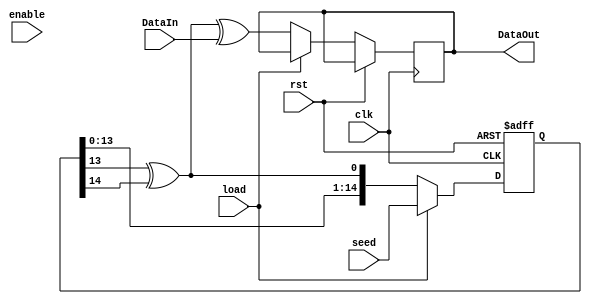
module Randomizer (clk, rst, enable, load,DataIn,seed,DataOut);

input clk,enable,rst,load,DataIn ;
input [14:0]seed;
output reg DataOut;

reg XOR;
reg [14:0]data;
initial data=15'b101010001110110;
always @(posedge clk or posedge rst )begin
if(rst)
data<=0;
else if(load)
data<=seed;
else begin
XOR=data[13]^data[14];
data={ data[13:0],XOR };
DataOut=XOR ^ DataIn;
end

end

endmodule


/************************************************************************/
module randomizer_tb();

//internal signals
reg clk;
reg reset;
reg en;
reg l;
reg [14:0] s;
reg d;
wire q;
reg [95:0]in_p;
reg [95:0] out_p;
integer i;
wire [95:0] expectedOut;
assign expectedOut=96'h558AC4A53A1724E163AC2BF9;
localparam PERIOD = 10;
Randomizer UUT(
clk, reset, en,l,d,s,q
);
always begin
	clk = ~clk;
        #(PERIOD/10);
end
initial begin
	clk = 1;
   en=1;
	l =0;
	reset = 1'b0;
	in_p = 96'hACBCD2114DAE1577C6DBF4C9;
	out_p =96'h000000000000000000000000;
	d = 1'b0;
	for(i=95; i> -1; i=i-1)
	begin
	d = in_p[i];	
        #(PERIOD/5);
	out_p[i] = q ;
        
	end
if(out_p==expectedOut) 
$display("SUCCESS");

else begin
 $display("FAILED");
end 
end

endmodule